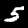
Label: 5